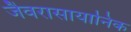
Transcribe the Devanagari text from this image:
जैवरासायानिक